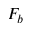
F _ { b }